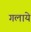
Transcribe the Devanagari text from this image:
गलाये